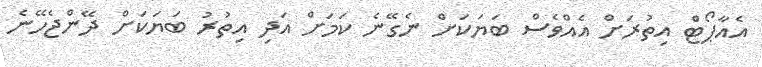
އެއާޕޯޓް އިތުރަށް އެއްވެސް ބަޔަކަށް ނެގޭނެ ކަމަށް އަދި އިތުރު ބަޔަކަށް ދޭންޖެހޭނެ